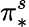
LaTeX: \pi_{*}^{s}